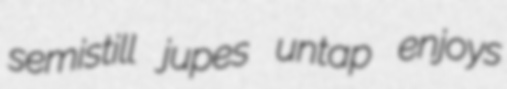
semistill jupes untap enjoys